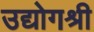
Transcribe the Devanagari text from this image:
उद्योगश्री